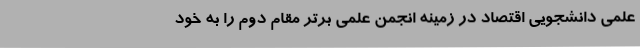
علمی دانشجویی اقتصاد در زمینه انجمن علمی برتر مقام دوم را به خود